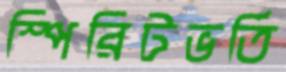
স্পিরিটভর্তি